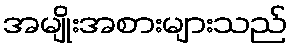
အမျိုးအစားများသည်